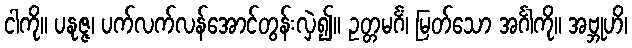
ငါကို။ ပနုဇ္ဇ၊ ပက်လက်လန်အောင်တွန်းလှဲ၍။ ဥတ္တမင်္ဂံ၊ မြတ်သော အင်္ဂါကို။ အဗ္ဘုဟိ၊